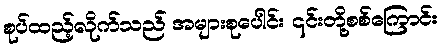
စုပ်ထည့်လိုက်သည် အများစုပေါင်း ၎င်းတို့စစ်ကြောင်း